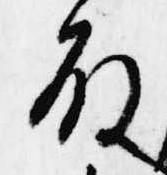
殿